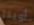
أوينز